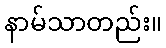
နာမ်သာတည်း။